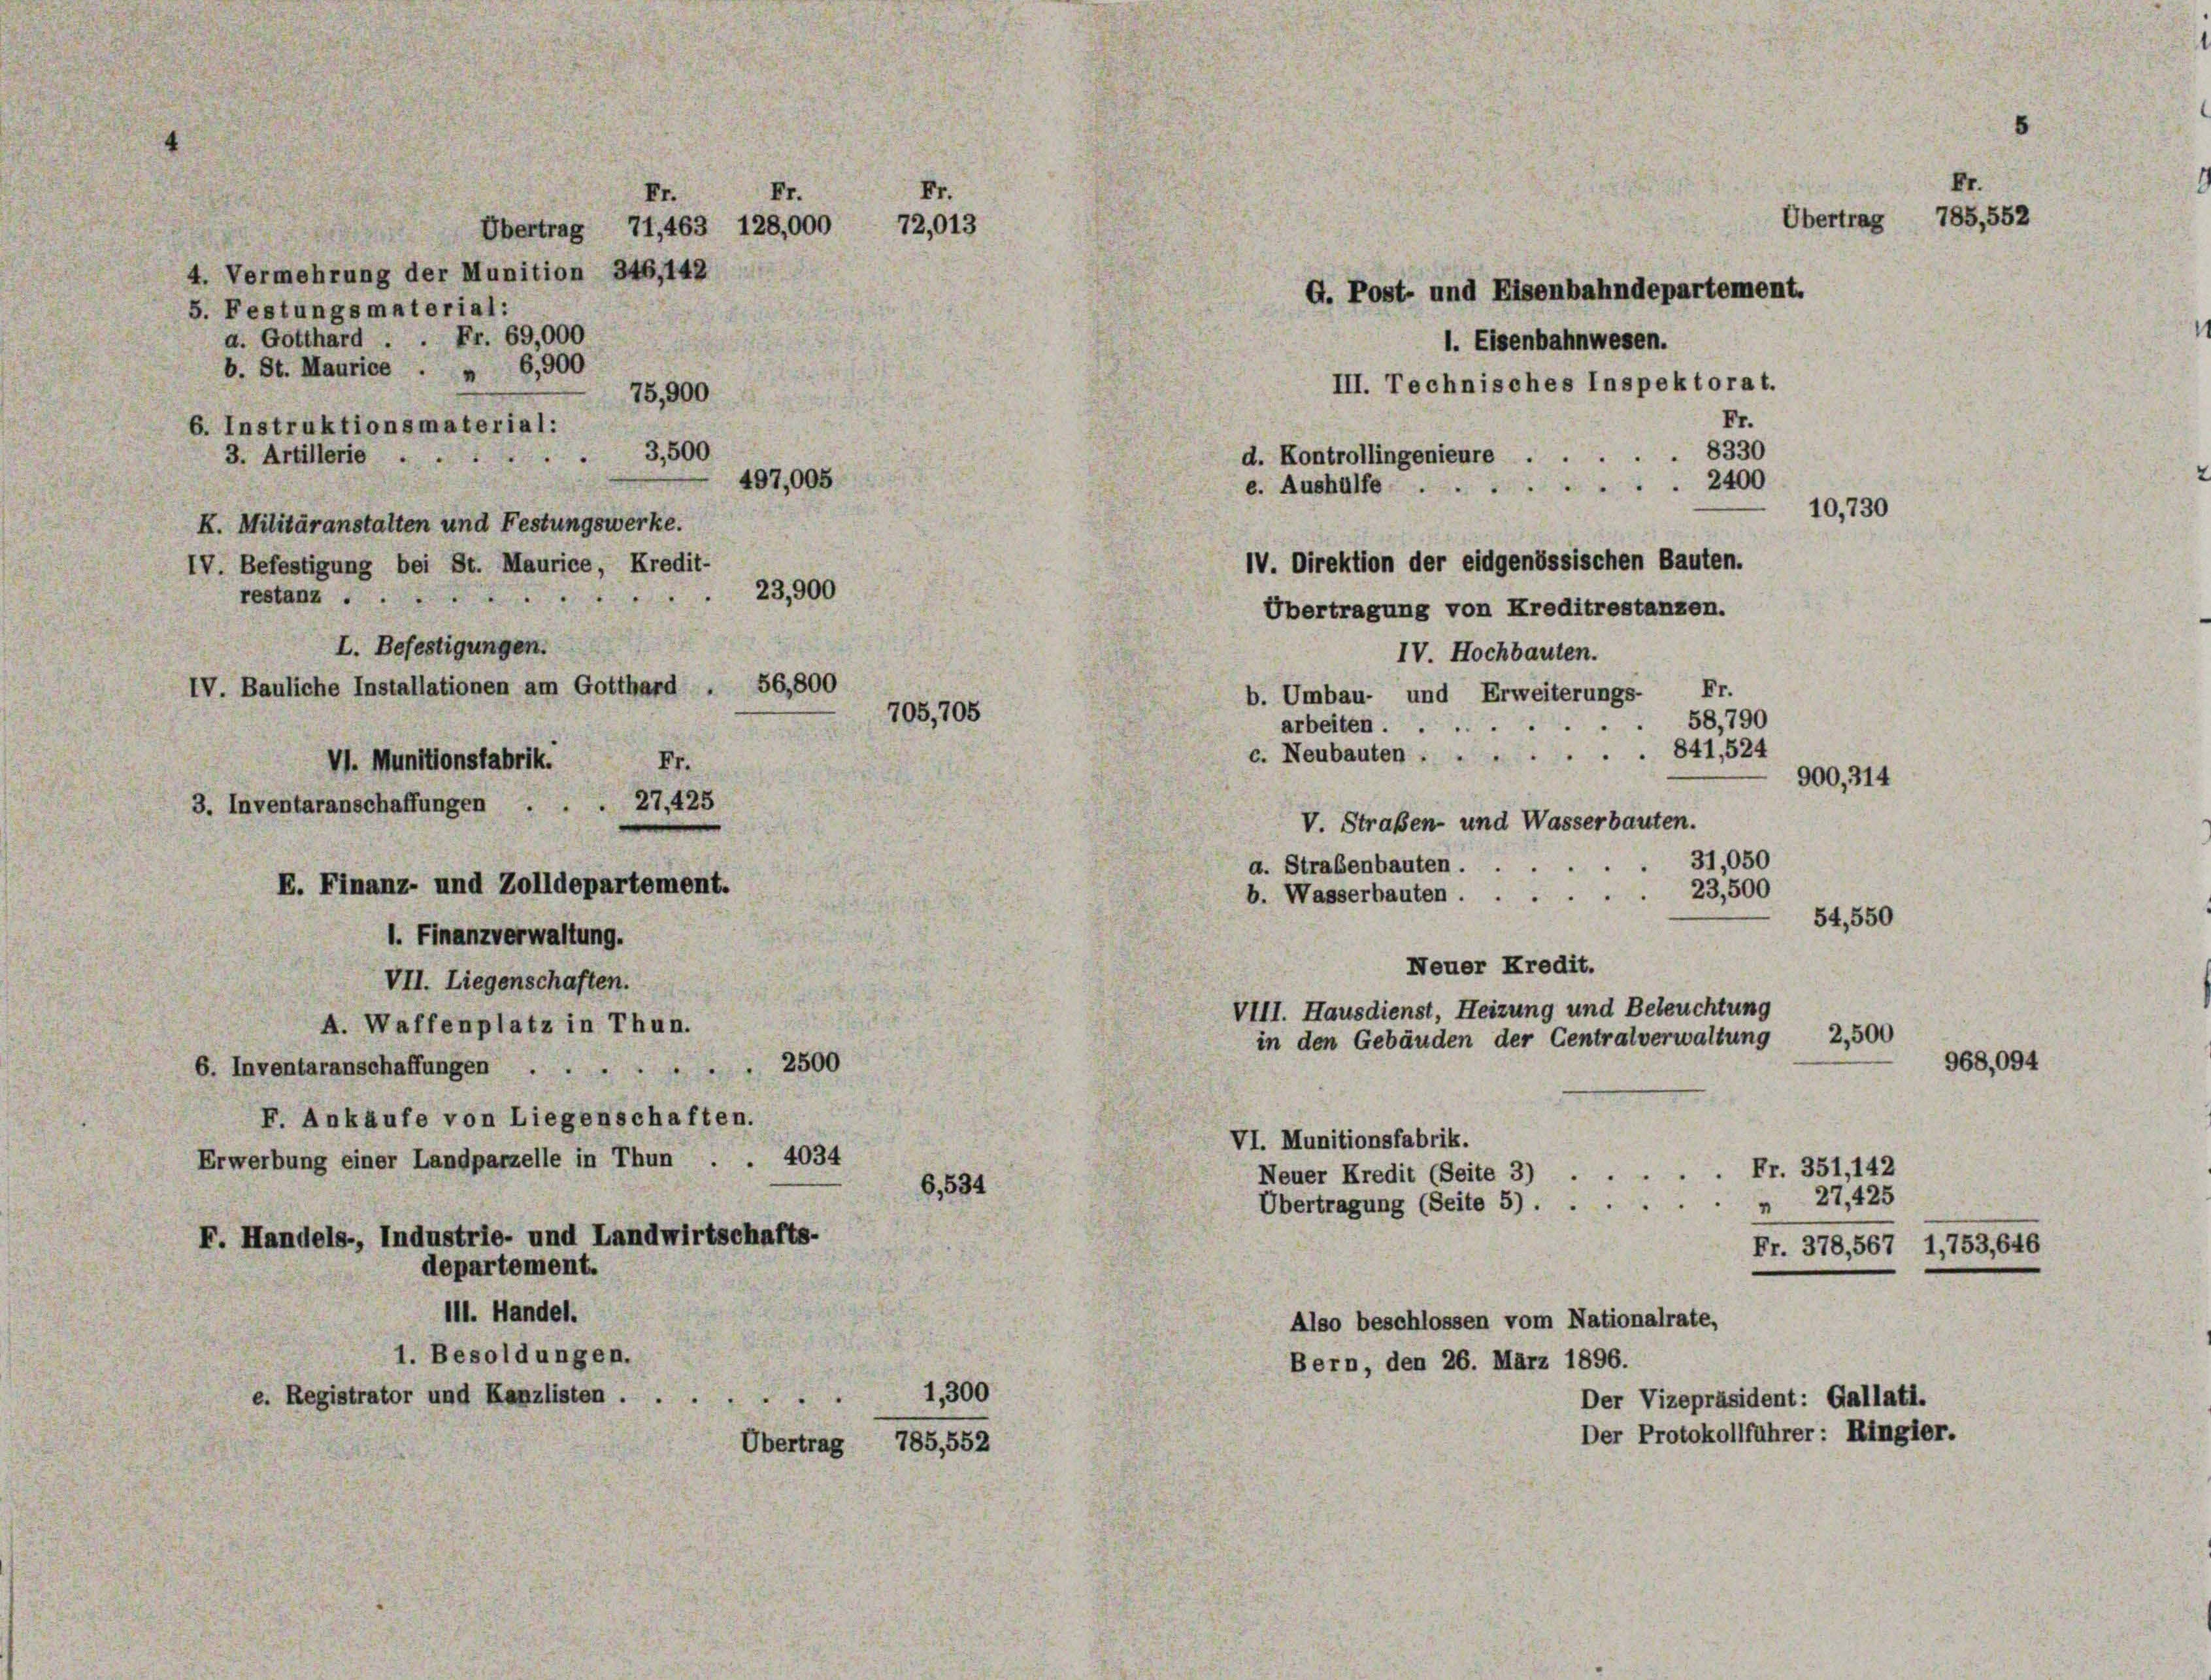
4. Vermehrung der Munition 346,142
5. Festungsmaterial:
a. Gotthard . . Fr. 69,000
b. St. Maurice . „ 6,900
6. Instruktionsmaterial:
3,500
3. Artillerie . .
K. Militäranstalten und Festungswerke.
IV. Befestigung bei St. Maurice, Kredit-
e
restanz .

Übertragung von Kreditrestanzen.
IV. Hochbauten.
Fr.
b. Umbau- und Erweiterungs-
58,790
arbeiten.
c. Neubauten 841,524
Fr.
27,425
V. Straßen- und Wasserbauten.
31,050
a. Straßenbauten ...
b. Wasserbauten 23,500
54,550
1. Finanzverwaltung.
Neuer Kredit.
VII. Liegenschaften.
VIII. Hausdienst, Heizung und Beleuchtung
A. Waffenplatz in Thun.
in den Gebäuden der Centralverwaltung 2,500
968,094
6. Inventaranschaffungen 2500
F. Ankäufe von Liegenschaften.
VI. Munitionsfabrik.
Erwerbung einer Landparzelle in Thun . . 4034
Fr. 351,142
Neuer Kredit (Seite 3)
6,534
 27,425
Übertragung (Seite 5).
F. Handels-, Industrie- und Landwirtschafts-
Fr. 378, 567 1,753,646
departement.
111. Handel.
Also beschlossen vom Nationalrate,
1. Besoldungen.
Bern, den 26. März 1896.
1,300
e. Registrator und Kanzlisten
Der Vizepräsident: Gallati.
Der Protokollführer: Ringier.
Übertrag 785,552

I. Befestigungen.
IV. Bauliche Installationen am Gotthard . 56,800
VI. Munitionsfabrik.
3. Inventaranschaffungen .
E. Finanz- und Zolldepartement.

Übertrag 71,463 128,000
75,900

Fr
Fr

72,013

705,705

Fr.
8330
d. Kontrollingenieure ...
497,005
e. Aushülfe 2400
IV. Direktion der eidgenössischen Bauten.

23,900

d. Post- und Eisenbahndepartement.
1. Eisenbahnwesen.
III. Technisches Inspektorat.

Fr
Übertrag 785,552

10,730

900, 314